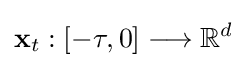
\mathbf {x} _{t}:[-\tau ,0]\longrightarrow \mathbb {R} ^{d}